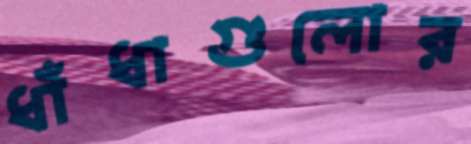
ধাঁধাগুলোর